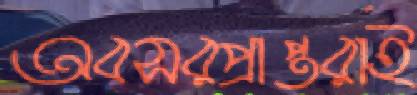
অবসরপ্রাপ্তরাই